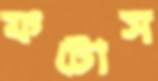
ফটোস